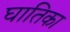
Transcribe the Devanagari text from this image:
घातिका